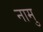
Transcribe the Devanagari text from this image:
नामु